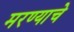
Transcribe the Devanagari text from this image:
मरण्याचे